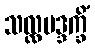
သလ္လမဒ္ဒက္ခိံ